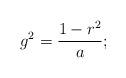
LaTeX: \begin{align*}g^2 = {1 - r^2 \over a};\end{align*}